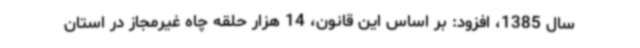
سال 1385، افزود: بر اساس این قانون، 14 هزار حلقه چاه غیرمجاز در استان